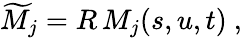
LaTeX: \widetilde{M}_{j}=R\, M_{j}(s,u,t)~,